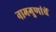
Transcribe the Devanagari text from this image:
नामगुणांचें